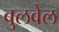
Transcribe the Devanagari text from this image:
बुलवेल